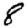
Digit: 8